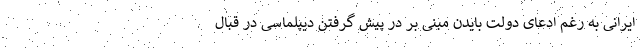
ایرانی به رغم ادعای دولت بایدن مبنی بر در پیش گرفتن دیپلماسی در قبال